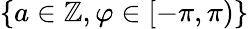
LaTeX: {\left\{ a\in\mathbb Z,\varphi\in[-\pi,\pi)\right\} }